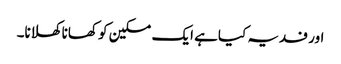
اور فدیہ کیاہے ایک مسکین کو کھانا کھلانا۔